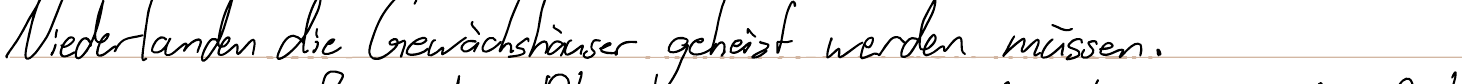
Niederlanden die Gewächshäuser geheizt werden müssen.